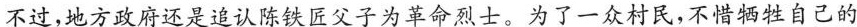
不过,地方政府还是追认陈铁匠父子为革命烈士。为了一众村民，不惜牺牲自己的